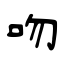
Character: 吻